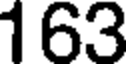
163